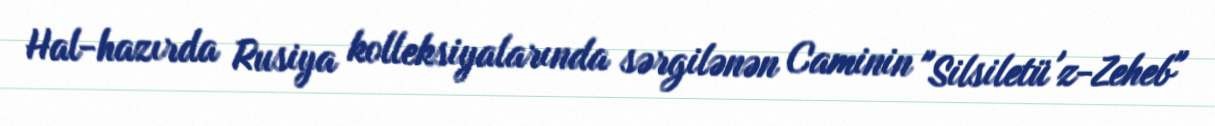
Hal-hazırda Rusiya kolleksiyalarında sərgilənən Caminin "Silsiletü'z-Zeheb"